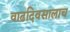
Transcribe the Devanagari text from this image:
वाढदिवसालाच